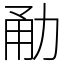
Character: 勈